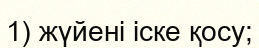
1) жүйені іске қосу;